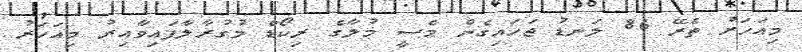
މިއަހަރު ތެރޭ 86 ލަނޑު ޖަހައިގެން މެސީ މުލާގެ ރިކޯޑް މުގުރާލާފައިވާއިރު މިއަހަރު